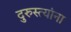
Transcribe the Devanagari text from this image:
दुरुस्त्यांना